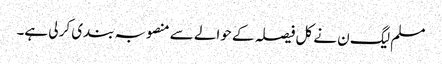
مسلم لیگ ن نے کل فیصلہ کے حوالے سے منصوبہ بندی کر لی ہے۔